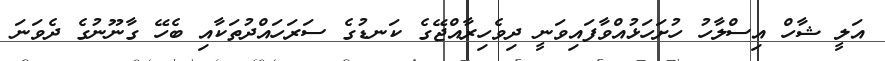
އަލީ ޝާހް އިސްލާހު ހުށަހަޅުއްވާފައިވަނީ ދިވެހިރާއްޖޭގެ ކަނޑުގެ ސަރަހައްދުތަކާއި ބެހޭ ގާނޫނުގެ ދެވަނަ